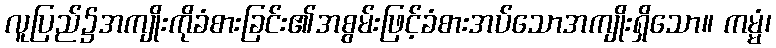
လူပြည်၌အကျိုးကိုခံစားခြင်း၏အစွမ်းဖြင့်ခံစားအပ်သောအကျိုးရှိသော။ ကမ္မံ၊